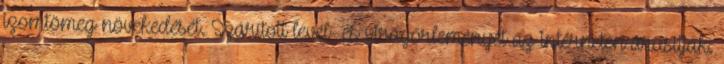
izomtömeg növekedését. Szárított levél- és virágőrleményét az interneten árusítják.